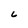
Character: 6